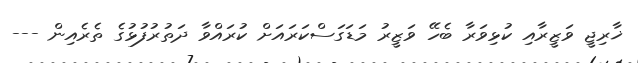
ޚާރިޖީ ވަޒީރާއި ކުޅިވަރާ ބެހޭ ވަޒީރު މަޑަގަސްކަރައަށް ކުރައްވާ ދަތުރުފުޅުގެ ތެރެއިން ---